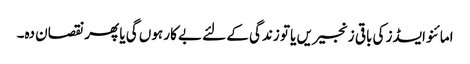
امائنو ایسڈز کی باقی زنجیریں یا تو زندگی کے لئے بے کار ہوں گی یا پھر نقصان دہ۔